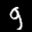
Label: 9